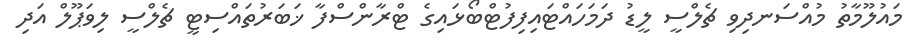
މައުލޫމާތު މުއްސަނދިވި ޗެލްސީ ލީޑު ދަމަހައްޓައިފިފުޓްބޯޅައިގެ ޓްރާންސްފާ ޚަބަރުތައްސިޓީ ޗެލްސީ ލިވަޕޫލް އަދި